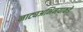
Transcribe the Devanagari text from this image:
नाट्यअभिनयाकडे